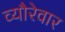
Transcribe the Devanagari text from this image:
व्यौरेवार